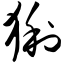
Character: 猁